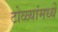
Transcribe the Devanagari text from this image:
टोळ्यांमध्ये